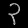
Digit: ၃